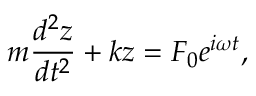
m { \frac { d ^ { 2 } z } { d t ^ { 2 } } } + k z = F _ { 0 } e ^ { i \omega t } ,